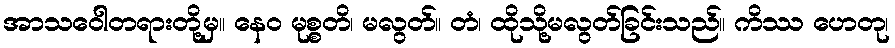
အာသဝေါတရားတို့မှ။ နေဝ မုစ္စတိ၊ မလွတ်။ တံ၊ ထိုသို့မလွတ်ခြင်းသည်။ ကိဿ ဟေတု၊